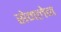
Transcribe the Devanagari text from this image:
सेमलेन